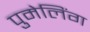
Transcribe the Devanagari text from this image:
पुमेलिंग